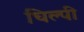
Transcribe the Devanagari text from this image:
चिल्पी